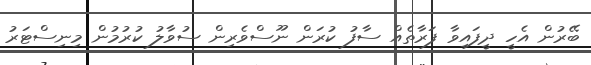
ބޭރުން އެހީ ދީފައިވާ ފަރާތެއް ސާފު ކުރަން ނޫސްވެރިން ސުވާލު ކުރުމުން މިނިސްޓަރު